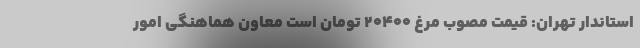
استاندار تهران: قیمت مصوب مرغ ۲۰۴۰۰ تومان است معاون هماهنگی امور